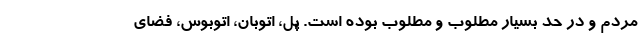
مردم و در حد بسیار مطلوب و مطلوب بوده است. پل، اتوبان، اتوبوس، فضاي